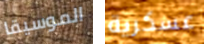
الموسيقا عسكرية